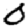
Digit: 0